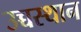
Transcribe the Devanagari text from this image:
उच्चस्थान